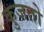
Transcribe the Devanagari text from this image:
कुजतो